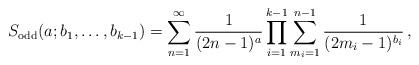
LaTeX: \begin{align*}S_{\rm odd}(a;b_1,\ldots,b_{k-1})=\sum_{n=1}^\infty\frac{1}{(2n-1)^a}\prod_{i=1}^{k-1}\sum_{m_i=1}^{n-1}\frac{1}{(2m_i-1)^{b_i}}\,,\end{align*}